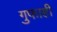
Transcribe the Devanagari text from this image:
गुफाही